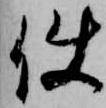
使